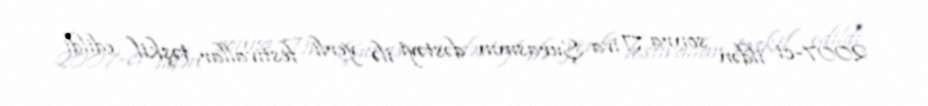
2007-ci ildən sonra Tiva Şurasının dəstəyi ilə yerli festivallar təşkil edildi